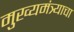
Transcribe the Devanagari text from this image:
मुख्यमंत्र्याचा